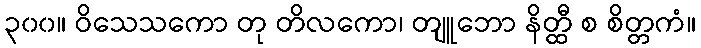
၃၀၀။ ဝိသေသကော တု တိလကော၊ တျူဘော နိတ္ထီ စ စိတ္တကံ။